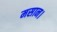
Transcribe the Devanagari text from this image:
मसान।